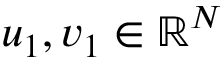
u _ { 1 } , v _ { 1 } \in \mathbb { R } ^ { N }